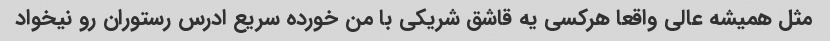
مثل همیشه عالی واقعا هرکسی یه قاشق شریکی با من خورده سریع ادرس رستوران رو نیخواد